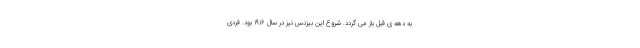
به دهه ی قبل باز می گردد. شروع این بیزنس نیز در سال ۱۹۱۶ بود. فردی